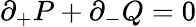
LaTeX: \partial_{+}P+\partial_{-}Q=0